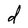
Character: d